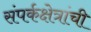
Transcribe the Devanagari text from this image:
संपर्कक्षेत्रांची